Report of the Indian Hemp Drugs Commission, 1894-1895 - Volume VI
Year: 1894
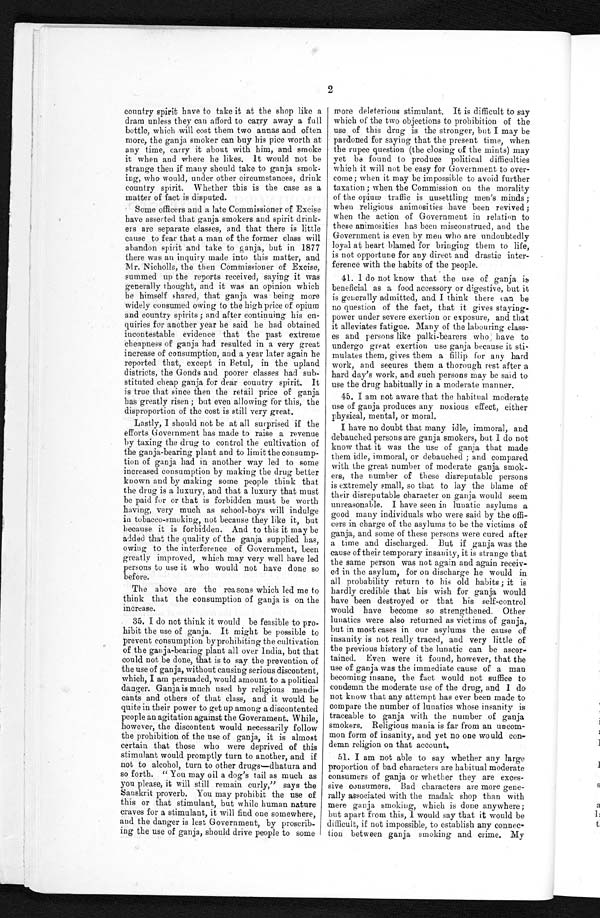
2
country spirit have to take it at the shop like a
dram unless they can afford to carry away a full
bottle, which will cost them two annas and often
more, the ganja smoker can buy his pice worth at
any time, carry it about with him, and smoke
it when and where he likes. It would not be
strange then if many should take to ganja smok
- i n g , w h o w o u l d , u n d e r o t h e r c i r c u m s t a n c e s , d r i n k
country spirit. Whether this is the case as a
matter of fact is disputed.
Some officers and a late Commissioner of Excise
have asserted that ganja smokers and spirit drink
- e r s a r e s e p a r a t e c l a s s e s , a n d t h a t t h e r e i s l i t t l e
cause to fear that a man of the former class will
abandon spirit and take to ganja, but in 1877
there was an inquiry made into this matter, and
Mr. Nicholls, the then Commissioner of Excise,
summed up the reports received, saying it was
generally thought, and it was an opinion which
be himself shared, that ganja was being more
widely consumed owing to the high price of opium
and country spirits ; and after continuing his en
- q u i r i e s f o r a n o t h e r y e a r h e s a i d h e h a d o b t a i n e d
incontestable evidence that the past extreme
cheapness of ganja had resulted in a very great
increase of consumption, and a year later again he
reported that, except in Betul, in the upland
districts, the Gonds and poorer classes had sub
- s t i t u t e d c h e a p g a n j a f o r d e a r c o u n t r y s p i r i t . I t
is true that since then the retail price of ganja
has greatly risen ; but even allowing for this, the
disproportion of the cost is still very great.
Lastly, I should not be at all surprised if the
efforts Government has made to raise a revenue
by taxing the drug to control the cultivation of
the ganja-bearing plant and to limit the consump
- t i o n o f g a n j a h a d i n a n o t h e r w a y l e d t o s o m e
increased consumption by making the drug better
known and by making some people think that
the drug is a luxury, and that a luxury that must
be paid for or that is forbidden must be worth
having, very much as school-boys will indulge
in tobacco-smoking, not because they like it, but
because it is forbidden. And to this it may be
added that the quality of the ganja supplied has,
owing to the interference of Government, been
greatly improved, which may very well have led
persons to use it who would not have done so
before.
The above are the reasons which led me to
think that the consumption of ganja is on the
increase.
35. I do not think it would be feasible to pro
- h i b i t t h e u s e o f g a n j a . I t m i g h t b e p o s s i b l e t o
prevent consumption by prohibiting the cultivation
of the ganja-bearing plant all over India, but that
could not be done, that is to say the prevention of
the use of ganja, without causing serious discontent,
which, I am persuaded, would amount to a political
danger. Ganja is much used by religious mendi
- c a n t s a n d o t h e r s o f t h a t c l a s s , a n d i t w o u l d b e
quite in their power to get up among a discontented
people an agitation against the Government. While,
however, the discontent would necessarily follow
the prohibition of the use of ganja, it is almost
certain that those who were deprived of this
stimulant would promptly turn to another, and if
n o t t o a l c o h o l , t u r n t o o t h e r d u r g s – d h a t u r a a n d s o f o r t h . " Y o u m a y o i l a d o g ' s t a i l a s m u c h a s
you please, it will still remain curly," says the
Sanskrit proverb. You may prohibit the use of
this or that stimulant, but while human nature
craves for a stimulant, it will find one somewhere,
and the danger is lest Government, by proscrib
- i n g t h e u s e o f g a n j a , s h o u l d d r i v e p e o p l e t o s o m e
more deleterious stimulant. It is difficult to say
which of the two objections to prohibition of the
use of this drug is the stronger, but I may be
pardoned for saying that the present time, when
the rupee question (the closing of the mints) may
yet be found to produce political difficulties
which it will not be easy for Government to over
-come; when it may be impossible to avoid further
taxation ; when the Commission on the morality
of the opium traffic is unsettling men's minds ;
when religious animosities have been revived;
when the action of Government in relation to
these animosities has been misconstrued, and the
Government is even by men who are undoubtedly
loyal at heart blamed for bringing them to life,
is not opportune for any direct and drastic inter
-ference with the habits of the people.
4 1 . I d o n o t k n o w t h a t t h e u s e o f g a n j a i s
beneficial as a food accessory or digestive, but it
is generally admitted, and I think there can be
no question of the fact, that it gives staying
-power under severe exertion or exposure, and that
it alleviates fatigue. Many of the labouring class
-es and persons like palki-bearers who have to
undergo great exertion use ganja because it sti
-mulates them, gives them a fillip for any hard
work, and secures them a thorough rest after a
hard day's work, and such persons may be said to
use the drug habitually in a moderate manner.
45. I am not aware that the habitual moderate
use of ganja produces any noxious effect, either
physical, mental, or moral.
I have no doubt that many idle, immoral, and
debauched persons are ganja smokers, but I do not
know that it was the use of ganja that made
them idle, immoral, or debauched ; and compared
with the great number of moderate ganja smok
-ers, the number of these disreputable persons
is extremely small, so that to lay the blame of
their disreputable character on ganja would seem
unreasonable. I have seen in lunatic asylums a
good many individuals who were said by the offi
-cers in charge of the asylums to be the victims of
ganja, and some of these persons were cured after
a time and discharged. But if ganja was the
cause of their temporary insanity, it is strange that
the same person was not again and again receiv
-ed in the asylum, for on discharge he would in
all probability return to his old habits ; it is
hardly credible that his wish for ganja would
have been destroyed or that his self-control
would have become so strengthened. Other
lunatics were also returned as victims of ganja,
but in most cases in our asylums the cause of
insanity is not really traced, and very little of
the previous history of the lunatic can be ascer
-tained. Even were it found, however, that the
use of ganja was the immediate cause of a man
becoming insane, the fact would not suffice to
condemn the moderate use of the drug, and I do
not know that any attempt has ever been made to
compare the number of lunatics whose insanity is
traceable to ganja with the number of ganja
smokers. Religious mania is far from an uncom
-mon form of insanity, and yet no one would con
demn religion on that account.
51. I am not able to say whether any large
proportion of bad characters are habitual moderate
consumers of ganja or whether they are exces
-sive consumers. Bad characters are more gen
e-rally associated with the madak shop than with
mere ganja smoking, which is done anywhere;
but apart from this, I would say that it would be
difficult, if not impossible, to establish any connec
-tion between ganja smoking and crime. My